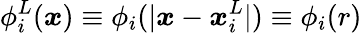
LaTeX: \phi_{i}^{L}(\boldsymbol{x})\equiv\phi_{i}(|\boldsymbol{x}-\boldsymbol{x}_{i}^{L}|)\equiv\phi_{i}(r)